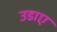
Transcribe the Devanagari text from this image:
उडाए